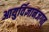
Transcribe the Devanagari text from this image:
आयुर्विज्ञानजगत्